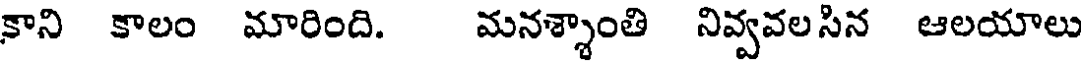
కాని కాలం మారింది. మనశ్శాంతి నివ్వవలసిన ఆలయాలు